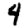
Digit: 4